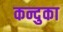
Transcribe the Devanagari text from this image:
कन्दुका